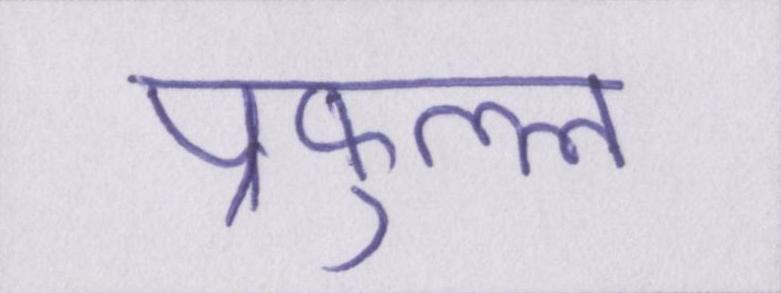
प्रफुल्ल